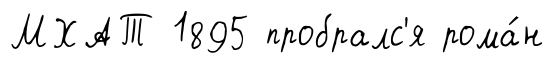
МХАТ 1895 пробралс'я рома́н